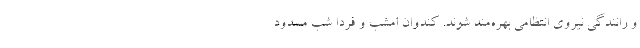
و رانندگی نیروی انتظامی بهره‌مند شوند. کندوان امشب و فردا شب مسدود